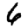
Digit: 6